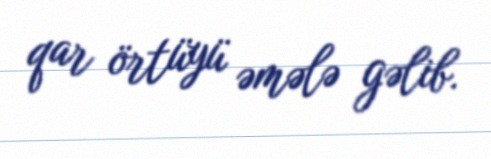
qar örtüyü əmələ gəlib.